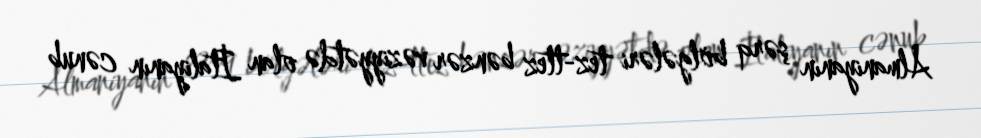
Almaniyanın şərq bölgələri tez-ttez bənzər vəziyyətdə olan İtaliyanın cənub